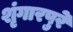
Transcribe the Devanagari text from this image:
शृंगारपुरे